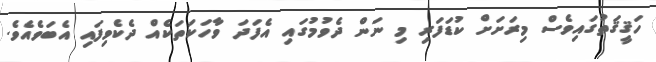
ހަޤީޤަތުގައިވެސް މިރަށަށް ކުޑަފަރި މި ނަން ދެވުމުގައި އެފަދަ ވާހަކަތަކެއް ދެކެވިފައި އެބަވެއެވެ.